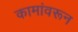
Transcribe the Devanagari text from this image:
कामांवरून